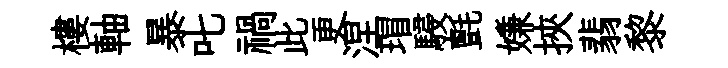
樓軸暴叱禍此更涅瑁駸氈嫌挾翡黎